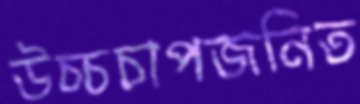
উচ্চচাপজনিত